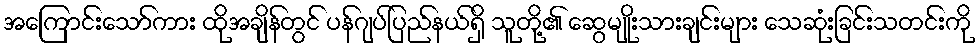
အကြောင်းသော်ကား ထိုအချိန်တွင် ပန်ဂျပ်ပြည်နယ်ရှိ သူတို့၏ ဆွေမျိုးသားချင်းများ သေဆုံးခြင်းသတင်းကို